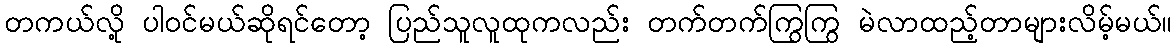
တကယ်လို့ ပါဝင်မယ်ဆိုရင်တော့ ပြည်သူလူထုကလည်း တက်တက်ကြွကြွ မဲလာထည့်တာများလိမ့်မယ်။